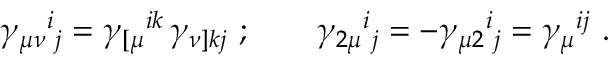
\gamma _ { \mu \nu } { } ^ { i } { } _ { j } = \gamma _ { [ \mu } { } ^ { i k } \, \gamma _ { \nu ] k j } \ ; \qquad \gamma _ { 2 \mu } { } ^ { i } { } _ { j } = - \gamma _ { \mu 2 } { } ^ { i } { } _ { j } = \gamma _ { \mu } { } ^ { i j } \ .